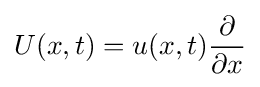
U(x,t)=u(x,t){\frac {\partial }{\partial x}}